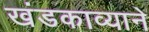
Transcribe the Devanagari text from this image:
खंडकाव्याने